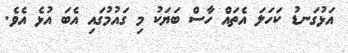
އަޅުގަނޑު ކަހަލަ އެތައް ހާސް ބަޔަކު މި ގައުމުގައި އެބަ އުޅެ އެވެ.